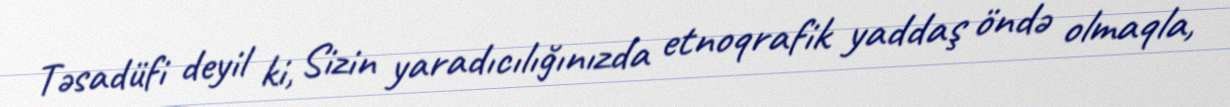
Təsadüfi deyil ki, Sizin yaradıcılığınızda etnoqrafik yaddaş öndə olmaqla,